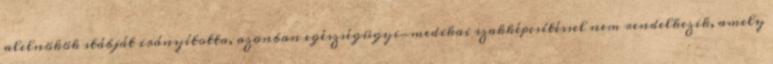
alelnökök stábját irányította, azonban egészségügyi-medikai szakképesítéssel nem rendelkezik, amely